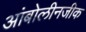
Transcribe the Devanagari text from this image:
आंबोलीनजीक